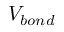
V _ { b o n d }